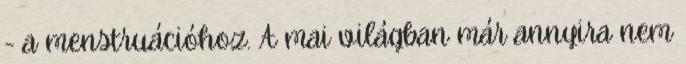
- a menstruációhoz. A mai világban már annyira nem